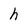
Character: h